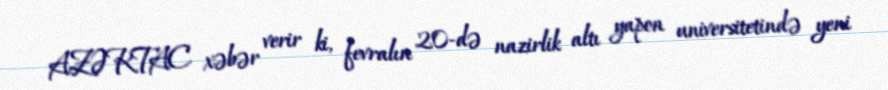
AZƏRTAC xəbər verir ki, fevralın 20-də nazirlik altı yapon universitetində yeni